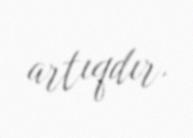
artıqdır.